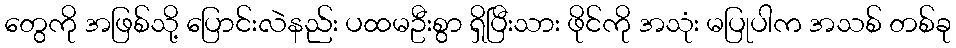
တွေကို အဖြစ်သို့ ပြောင်းလဲနည်း ပထမဦးစွာ ရှိပြီးသား ဖိုင်ကို အသုံး မပြုပါက အသစ် တစ်ခု